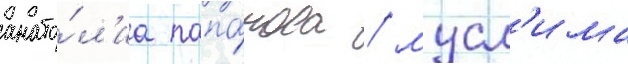
анато́л'иа папа́нова / мусл'има